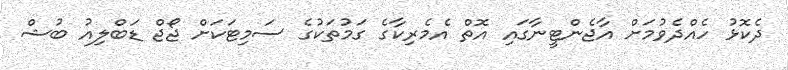
ދެކޮޅު ހެއްދެވުމަށް އާޖެންޓީނާގައި އޮތް އެމެރިކާގެ ގަމުތަކުގެ ސަމިޓަކަށް ޖޯޖް ޑަބްލިއު ބުޝް